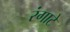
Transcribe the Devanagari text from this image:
रंगाटे